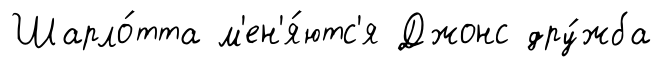
Шарло́тта м'ен'я́ютс'я Джонс дру́жба